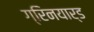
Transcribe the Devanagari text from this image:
ग्रिनयार्ड